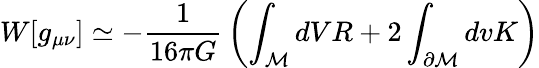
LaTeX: W[g_{\mu\nu}]\simeq-{\frac{1}{16\pi G}}\left(\int_{\cal M}dVR+2\int_{\partial{\cal M}}dvK\right)